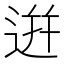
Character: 逬